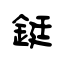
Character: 鋌